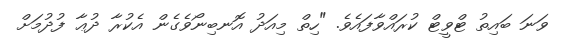
ވަނަ ބައިތު ޓްވީޓް ކުރައްވާފައެވެ. "ހިތް މިއަދު އޮނބިނޯވެގެން އެކުރާ ދުޢާ ފުދުމަށް